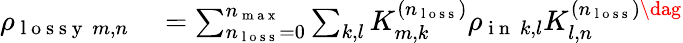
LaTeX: \begin{array}{rl}{\rho_{\mathrm{~l~o~s~s~y~}~m,n}}&{{}=\sum_{n_{\mathrm{~l~o~s~s~}}=0}^{n_{\mathrm{~m~a~x~}}}\sum_{k,l}K_{m,k}^{(n_{\mathrm{~l~o~s~s~}})}\rho_{\mathrm{~i~n~}~k,l}K_{l,n}^{(n_{\mathrm{~l~o~s~s~}})\dag}}\end{array}